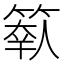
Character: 𥲩